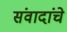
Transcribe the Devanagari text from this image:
संवादांचे